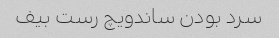
سرد بودن ساندویچ رست بیف